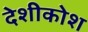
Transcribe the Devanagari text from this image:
देशीकोश